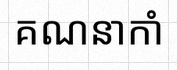
គណនាកាំ